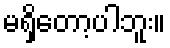
မရှိတော့ပါဘူး။